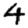
Digit: 4